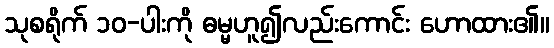
သုစရိုက် ၁၀-ပါးကို ဓမ္မဟူ၍လည်းကောင်း ဟောထား၏။